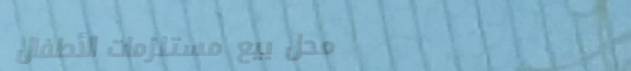
محل بيع مستلزمات الأطفال